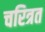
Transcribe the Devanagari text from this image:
चरित्रत